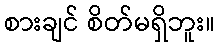
စားချင် စိတ်မရှိဘူး။